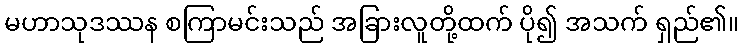
မဟာသုဒဿန စကြာမင်းသည် အခြားလူတို့ထက် ပို၍ အသက် ရှည်၏။